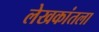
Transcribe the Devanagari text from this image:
लेखकांतला